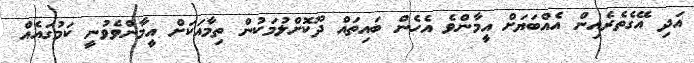
އަދި އޭގެތެރެއިން އެއްބަޔަށް އީމާންވެ އެހެން ބައިތައް ދޫކޮށްލުމަކުން ތިމާއަކަށް އީމާންވެވުނީ ކަމުގައެއް